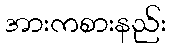
အားကစားနည်း